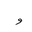
Letter: _waw